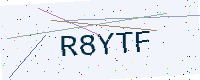
Text: R8YTF